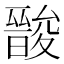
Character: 𮰳